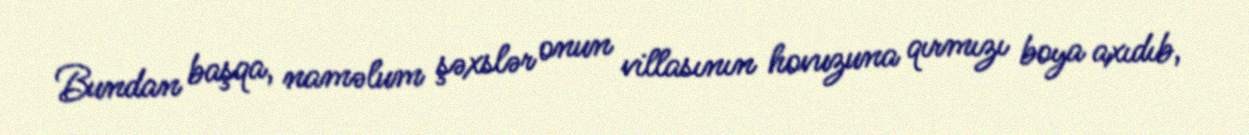
Bundan başqa, naməlum şəxslər onun villasının hovuzuna qırmızı boya axıdıb,